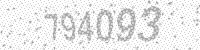
Solution: 794093